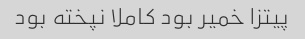
پیتزا خمیر بود کاملا نپخته بود